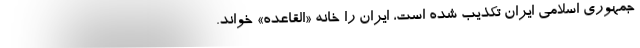
جمهوری اسلامی ایران تکذیب شده است، ایران را خانه «القاعده» خواند.